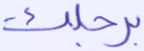
برجلك